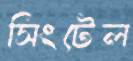
সিংটেল